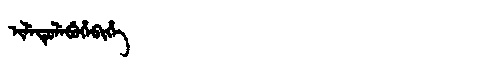
Manchu: ᡳᠯᡝᡨᡠᠯᡝᠪᡠᡥᡝᠪᡳᡥᡝ
Romanization: ILETULEBUHEBIHE